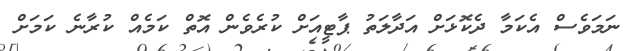
ނަމަވެސް އެކަމާ ދެކޮޅަށް އަދާލަތު ޕާޓީއަށް ކުރެވެން އޮތް ކަމެއް ކުރާނެ ކަމަށް